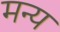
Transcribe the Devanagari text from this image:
मन्य